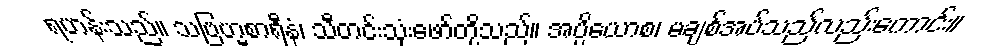
ရဟန်းသည်။ သဗြဟ္မစာရီနံ၊ သီတင်းသုံးဖော်တို့သည်။ အပ္ပိယောစ၊ မချစ်အပ်သည်လည်းကောင်း။